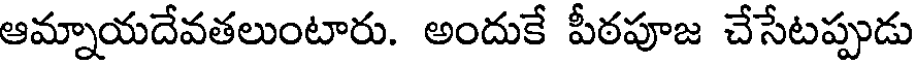
ఆమ్నాయదేవతలుంటారు. అందుకే పీఠపూజ చేసేటప్పుడు